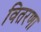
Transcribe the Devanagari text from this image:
वितरणा